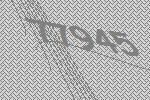
77945